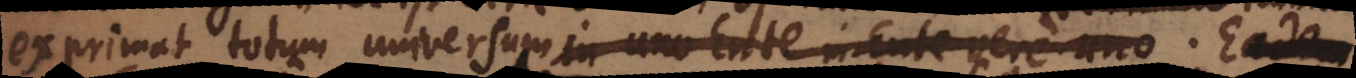
exprimat totum universumin uno Ente in Ente vere uno. Eadem